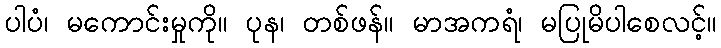
ပါပံ၊ မကောင်းမှုကို။ ပုန၊ တစ်ဖန်။ မာအကရံ၊ မပြုမိပါစေလင့်။